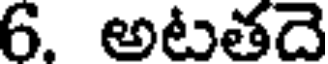
6. అటతదె